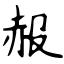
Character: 赧